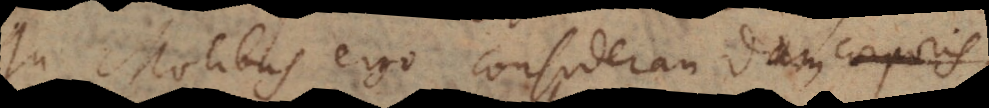
In Motibus ergo considerandam corporis